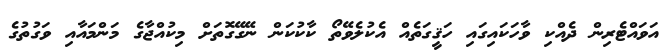
އަވައްޓެރިން ދެއްކި ވާހަކައިގައި ހަޤީގަތެއް އެކުލެވޭތޯ ކާކުކަން ނޭގޭގޮތަށް މިކުއްޖާގެ މަންމައާއި ވަގުތުގެ